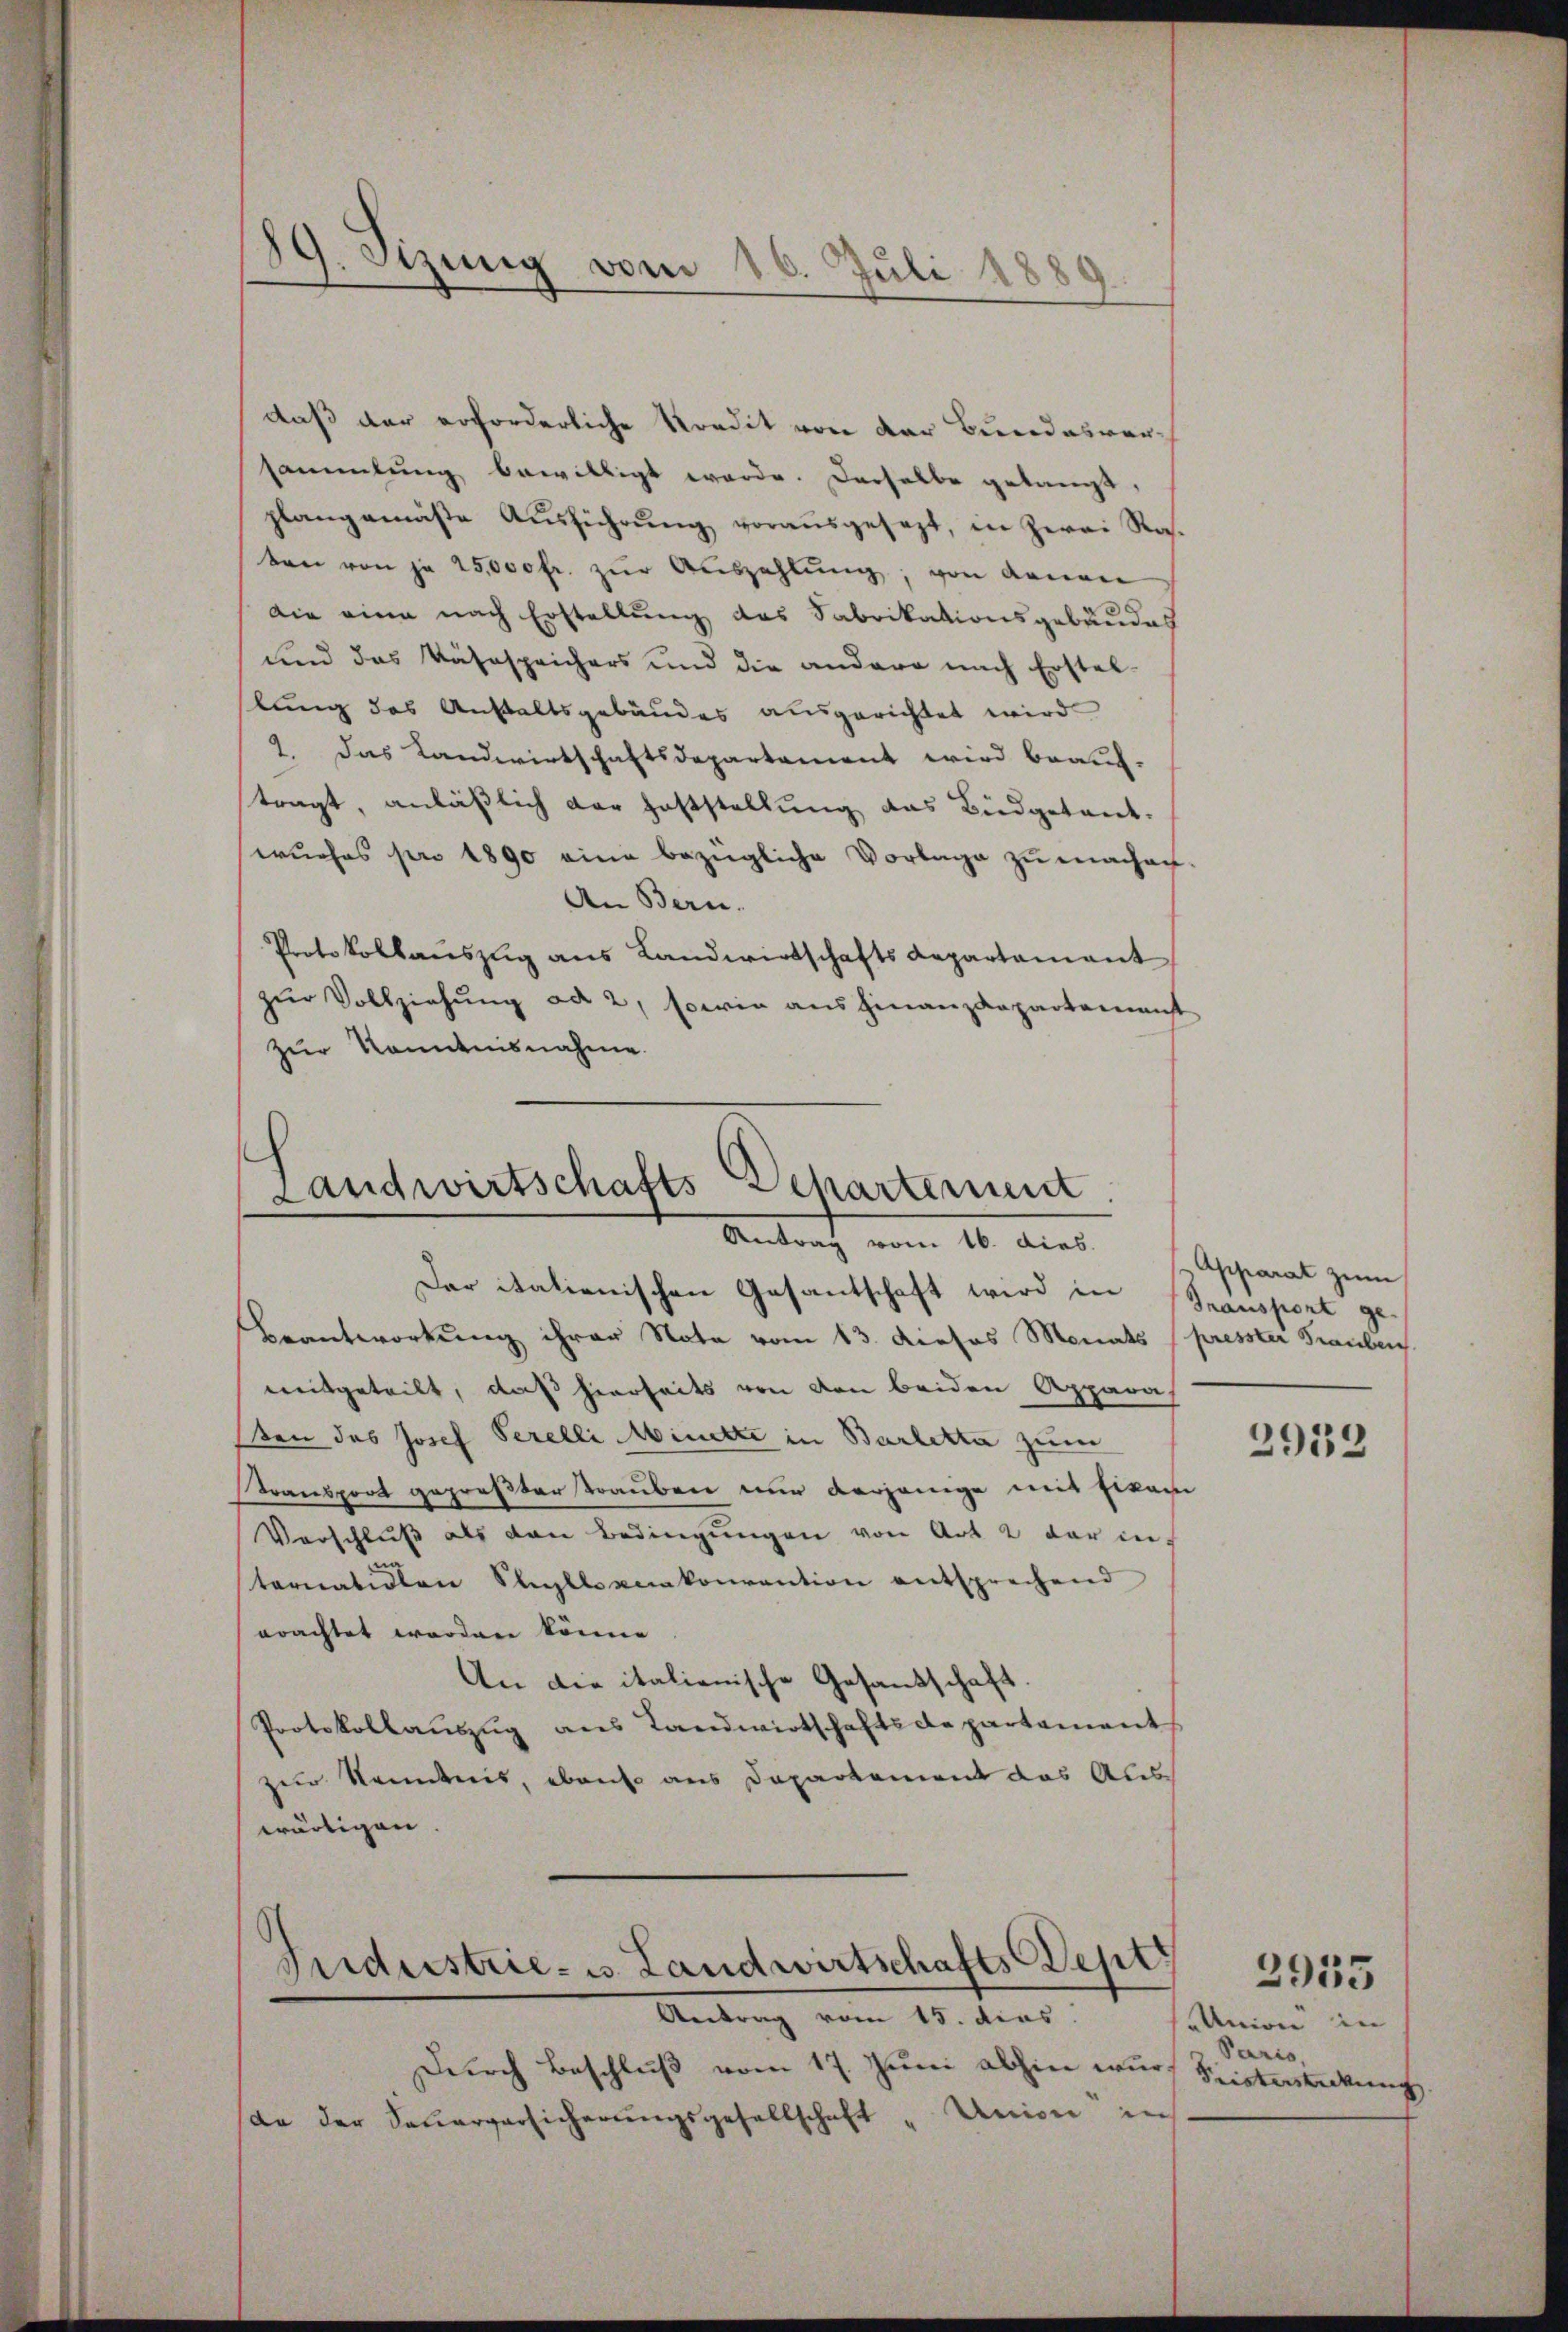
daß der erforderliche Kredit von der Bundesversammlung bewilligt werde. Derselbe gelangt,
plangemäste Aŭsführŭng vorausgesezt, in Zwei Ras.
ben von je 25,000 fr. zŭr Aŭszahlŭng, von denen
Die eine nach Erstellung das Fabrikationsgebäudes
und das Nähespeichers und die andere nach Erstel-
lung des Anstaltsgebäudes ausgerichtet wird.
2. das Landwirtschaftsdepartement wird beauf-
tragt, anläßlich der Feststellung das Büdgetant.
wurhes pro 1890 eine bezügliche Vorlage zu machen.
An Bern.
Protokollaŭszŭg ans Landwirtschafts Repartamant
zur Vollziehung ad 2, sowie aus Finanzdepartement
zur Kenntnisnahme.

89. Sizung vom 16. Juli 1880
.

Landwirtschafts-Departement
Antrag vom 16. dies.

Der italienischen Gesantschaft wird in Transport ge-
Beantwortung ihrer Note vom 13. dieses Monats (presster Fraubens
weitgeteilt, daß hierseits von von beiden Appara
sten des Josef Perelli Minette in Barketta zum
Transport gepreßter Trauben immer derjenige mit Erkann
Verschlŭβ als von Bedingŭngen von Art. 2 darin
ternativen Styllognakonvention entsprechend
erachtet worden könne
An die italienische Gesandschaft
Protokollauszug aus Landwirtschaftsdepartament
zur Kenntnis, ebenso aus Departement das Aus
wärtigen

Siderstrie- u. Landwirtschafts Sept

Antrag vom 15. dies
Durch Beschluß vom 17. Juni abhin wurda der Feŭerversicherŭngsgesellschaft "Union in

Apparat zum

2933

Union in
Paris,
Fristerstickung |

2935